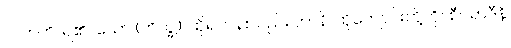
လဘတိ၊ ရ၏။ သော (ဘိက္ခု)၊ ထိုရဟန်းသည်။ တာနိ၊ ထိုကျောင်းတို့ကို။ စီဝရာဒီနိ